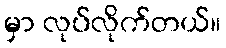
မှာ လုပ်လိုက်တယ်။